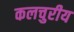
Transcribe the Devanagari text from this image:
कलचुरीय